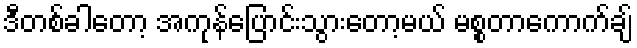
ဒီတစ်ခါတော့ အကုန်ပြောင်းသွားတော့မယ် မစ္စတာကောက်ချ်